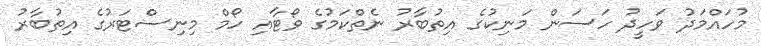
މުހައްމަދު ވަހީދު ހަސަން މަނިކުގެ އިތުބާރު ނެތްކަމުގެ ވޯޓާއި ހޯމް މިނިސްޓަރުގެ އިތުބާރު